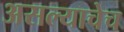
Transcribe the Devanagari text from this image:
असल्याचेच